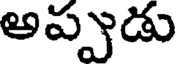
అప్పుడు